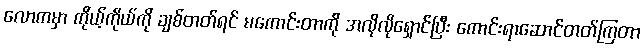
လောကမှာ ကိုယ့်ကိုယ်ကို ချစ်တတ်ရင် မကောင်းတာကို အလိုလိုရှောင်ပြီး ကောင်းရာဆောင်တတ်ကြတာ